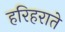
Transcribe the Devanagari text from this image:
हरिहराते